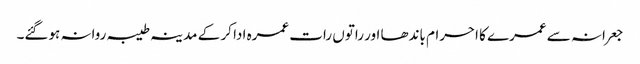
جعرانہ سے عمرے کا احرام باندھا اور راتوں رات عمرہ ادا کر کے مدینہ طیبہ روانہ ہوگئے۔